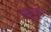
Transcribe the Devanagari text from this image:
समुन्दरी